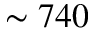
\sim 7 4 0